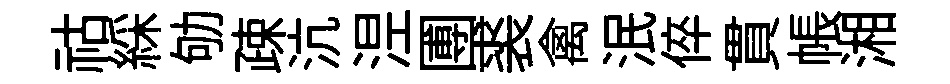
祜綵劬疎沆𣵀圑裘禽泯倅貫帳湘